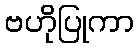
ဗဟိုပြုကာ